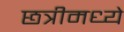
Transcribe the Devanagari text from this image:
छत्रीमध्ये